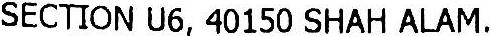
SECTION U6, 40150 SHAH ALAM.